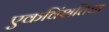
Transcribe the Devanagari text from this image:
एकविंशतिधा